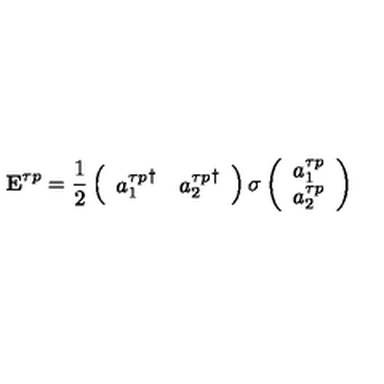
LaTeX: { \bf E } ^ { \tau p } = { \frac { 1 } { 2 } } \left( \begin{array} { c c } { { a _ { 1 } ^ { \tau p } } ^ { \dagger } } & { { a _ { 2 } ^ { \tau p } } ^ { \dagger } } \\ \end{array} \right) { \bf \sigma } \left( \begin{array} { c } { a _ { 1 } ^ { \tau p } } \\ { a _ { 2 } ^ { \tau p } } \\ \end{array} \right)